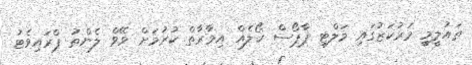
ތައުލީމީ މަރުކަޒުގައި މަލްޓި ޕާޕޯސް ހޯލެއް އިމާރާތް ކުރުމަށް ވޭވް ލެންތު ޕްރައިވެޓު